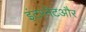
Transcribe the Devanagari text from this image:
इंटरनेटऔर